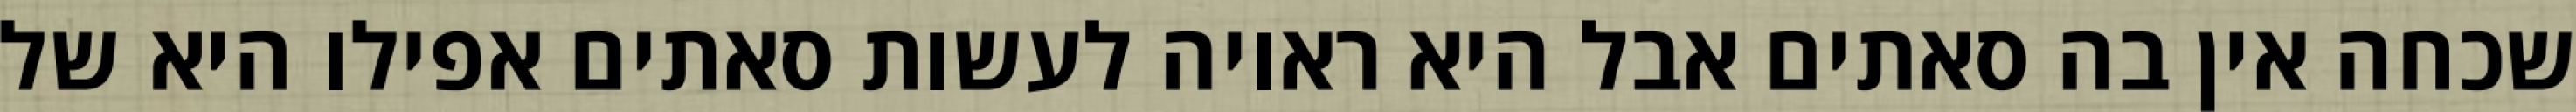
שכחה אין בה סאתים אבל היא ראויה לעשות סאתים אפילו היא של